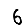
Digit: 6